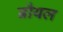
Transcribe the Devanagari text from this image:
ब्रौयल